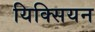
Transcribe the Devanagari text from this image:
यिक्सियन